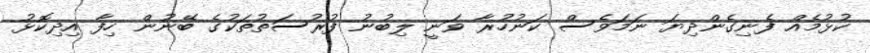
ކުޅުމެއް ފެނިގެންދިޔަ ނަމަވެސް ކަނުހުރާ ވަނީ ލިބުނު ފުރުސަތުތަކުގެ ބޭނުން ހިފާ އިދިކޮޅު